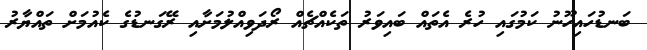
ބަނޑުހައިހޫނު ކަމުގައި ހުރެ އެތައް ބައިވަރު ތަކެއްޗެއް ރޯދަވިއްލުމަށާއި ރޭގަނޑުގެ ކެއުމަށް ތައްޔާރު